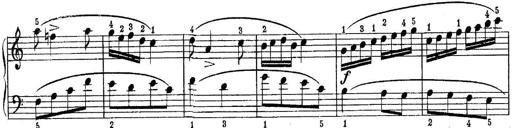
Title: Quatres sonatines
Composer: Tadeusz Joteyko